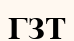
ГЗТ